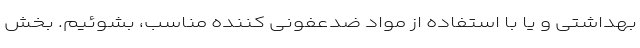
بهداشتی و یا با استفاده از مواد ضدعفونی کننده‌ مناسب، بشوئیم. بخش